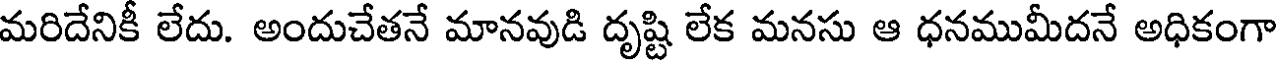
మరిదేనికీ లేదు. అందుచేతనే మానవుడి దృష్టి లేక మనసు ఆ ధనముమీదనే అధికంగా